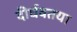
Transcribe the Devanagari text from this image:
दीर्घवतया